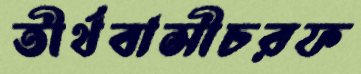
তীর্থবাসীচরফ